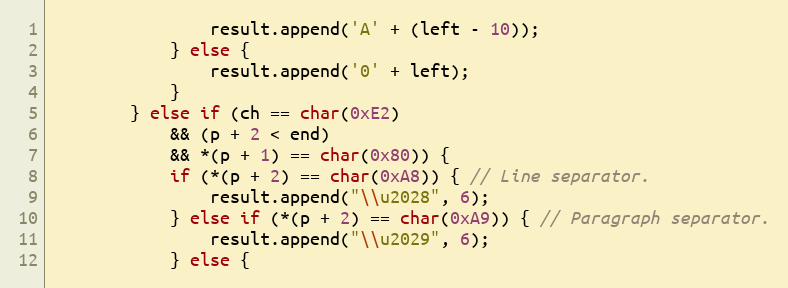
Language: C++
				result.append('A' + (left - 10));
			} else {
				result.append('0' + left);
			}
		} else if (ch == char(0xE2)
			&& (p + 2 < end)
			&& *(p + 1) == char(0x80)) {
			if (*(p + 2) == char(0xA8)) { // Line separator.
				result.append("\\u2028", 6);
			} else if (*(p + 2) == char(0xA9)) { // Paragraph separator.
				result.append("\\u2029", 6);
			} else {